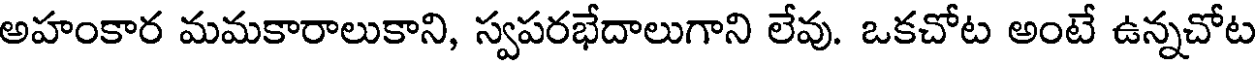
అహంకార మమకారాలుకాని, స్వపరభేదాలుగాని లేవు. ఒకచోట అంటే ఉన్నచోట